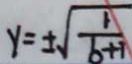
y = \pm \sqrt { \frac { 1 } { b + 1 } }